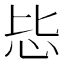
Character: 𪫠